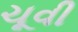
ચૂવી